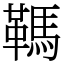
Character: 䩻